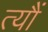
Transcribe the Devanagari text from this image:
त्‍यौं